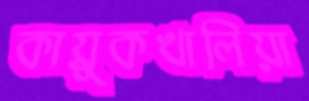
কায়ুকখালিয়া